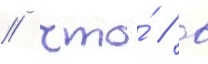
/ что́ / в